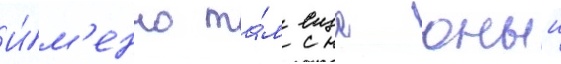
И́м'енно та́м еще юныи